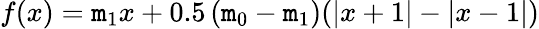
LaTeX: f(x)=\mathtt{m}_{1}x+0.5\left(\mathtt{m}_{0}-\mathtt{m}_{1}\right)(|x+1|-|x-1|)